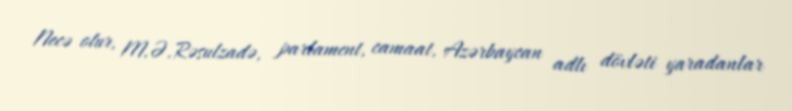
Necə olur, M.Ə.Rəsulzadə, parlament, camaat, Azərbaycan adlı dövləti yaradanlar